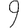
Digit: 9